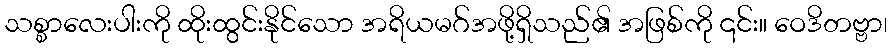
သစ္စာလေးပါးကို ထိုးထွင်းနိုင်သော အရိယမဂ်အဖို့ရှိသည်၏ အဖြစ်ကို ၎င်း။ ဝေဒိတဗ္ဗာ၊